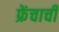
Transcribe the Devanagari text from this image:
फ्रेंचाची